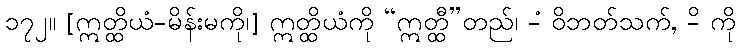
၁၇၂။ [ဣတ္ထိယံ-မိန်းမကို၊] ဣတ္ထိယံကို “ဣတ္ထီ”တည်၊ -ံ ဝိဘတ်သက်, -ိ ကို